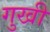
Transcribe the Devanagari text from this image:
गुखी